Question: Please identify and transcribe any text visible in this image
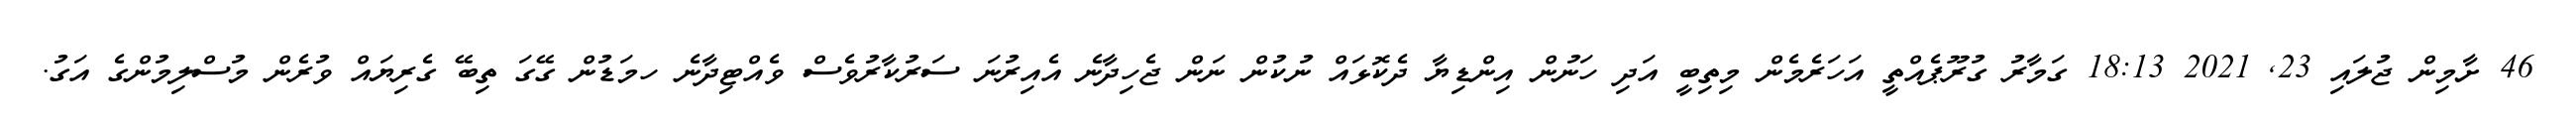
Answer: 46 ށާމިން ޖުލައި 23, 2021 18:13 ގަމާރު ގުރޫޕެއްތީ އަހަރެމެން މިތިބީ އަދި ހަނުން އިންޑިޔާ ދެކޮޅައް ނުކުން ނަން ޖެހިދާނެ އެއިރުނަ ސަރުކާރުވެސް ވެއްޓިދާނެ ހމަޑުން ގޭގަ ތިބޭ ގެރިޔައް ވުރެން މުސްލިމުންގެ އަގު.